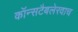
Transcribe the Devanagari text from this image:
कॉन्सटैबलेरवाच